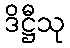
ဒိဋ္ဌီသု